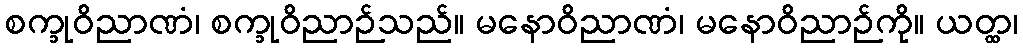
စက္ခုဝိညာဏံ၊ စက္ခုဝိညာဉ်သည်။ မနောဝိညာဏံ၊ မနောဝိညာဉ်ကို။ ယတ္ထ၊